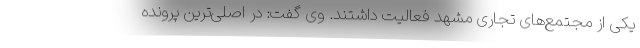
یکی از مجتمع‌های تجاری مشهد فعالیت داشتند. وی گفت: در اصلی‌ترین پرونده